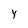
Character: Y